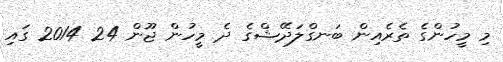
މި މީހުންގެ ތެރެއިން ބަނގްލަދޭޝްގެ ދެ މީހުން ޖޫން 24 2014 ގައި